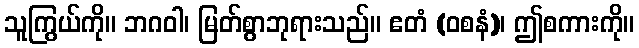
သူကြွယ်ကို။ ဘဂဝါ၊ မြတ်စွာဘုရားသည်။ ဧတံ (ဝစနံ)၊ ဤစကားကို။